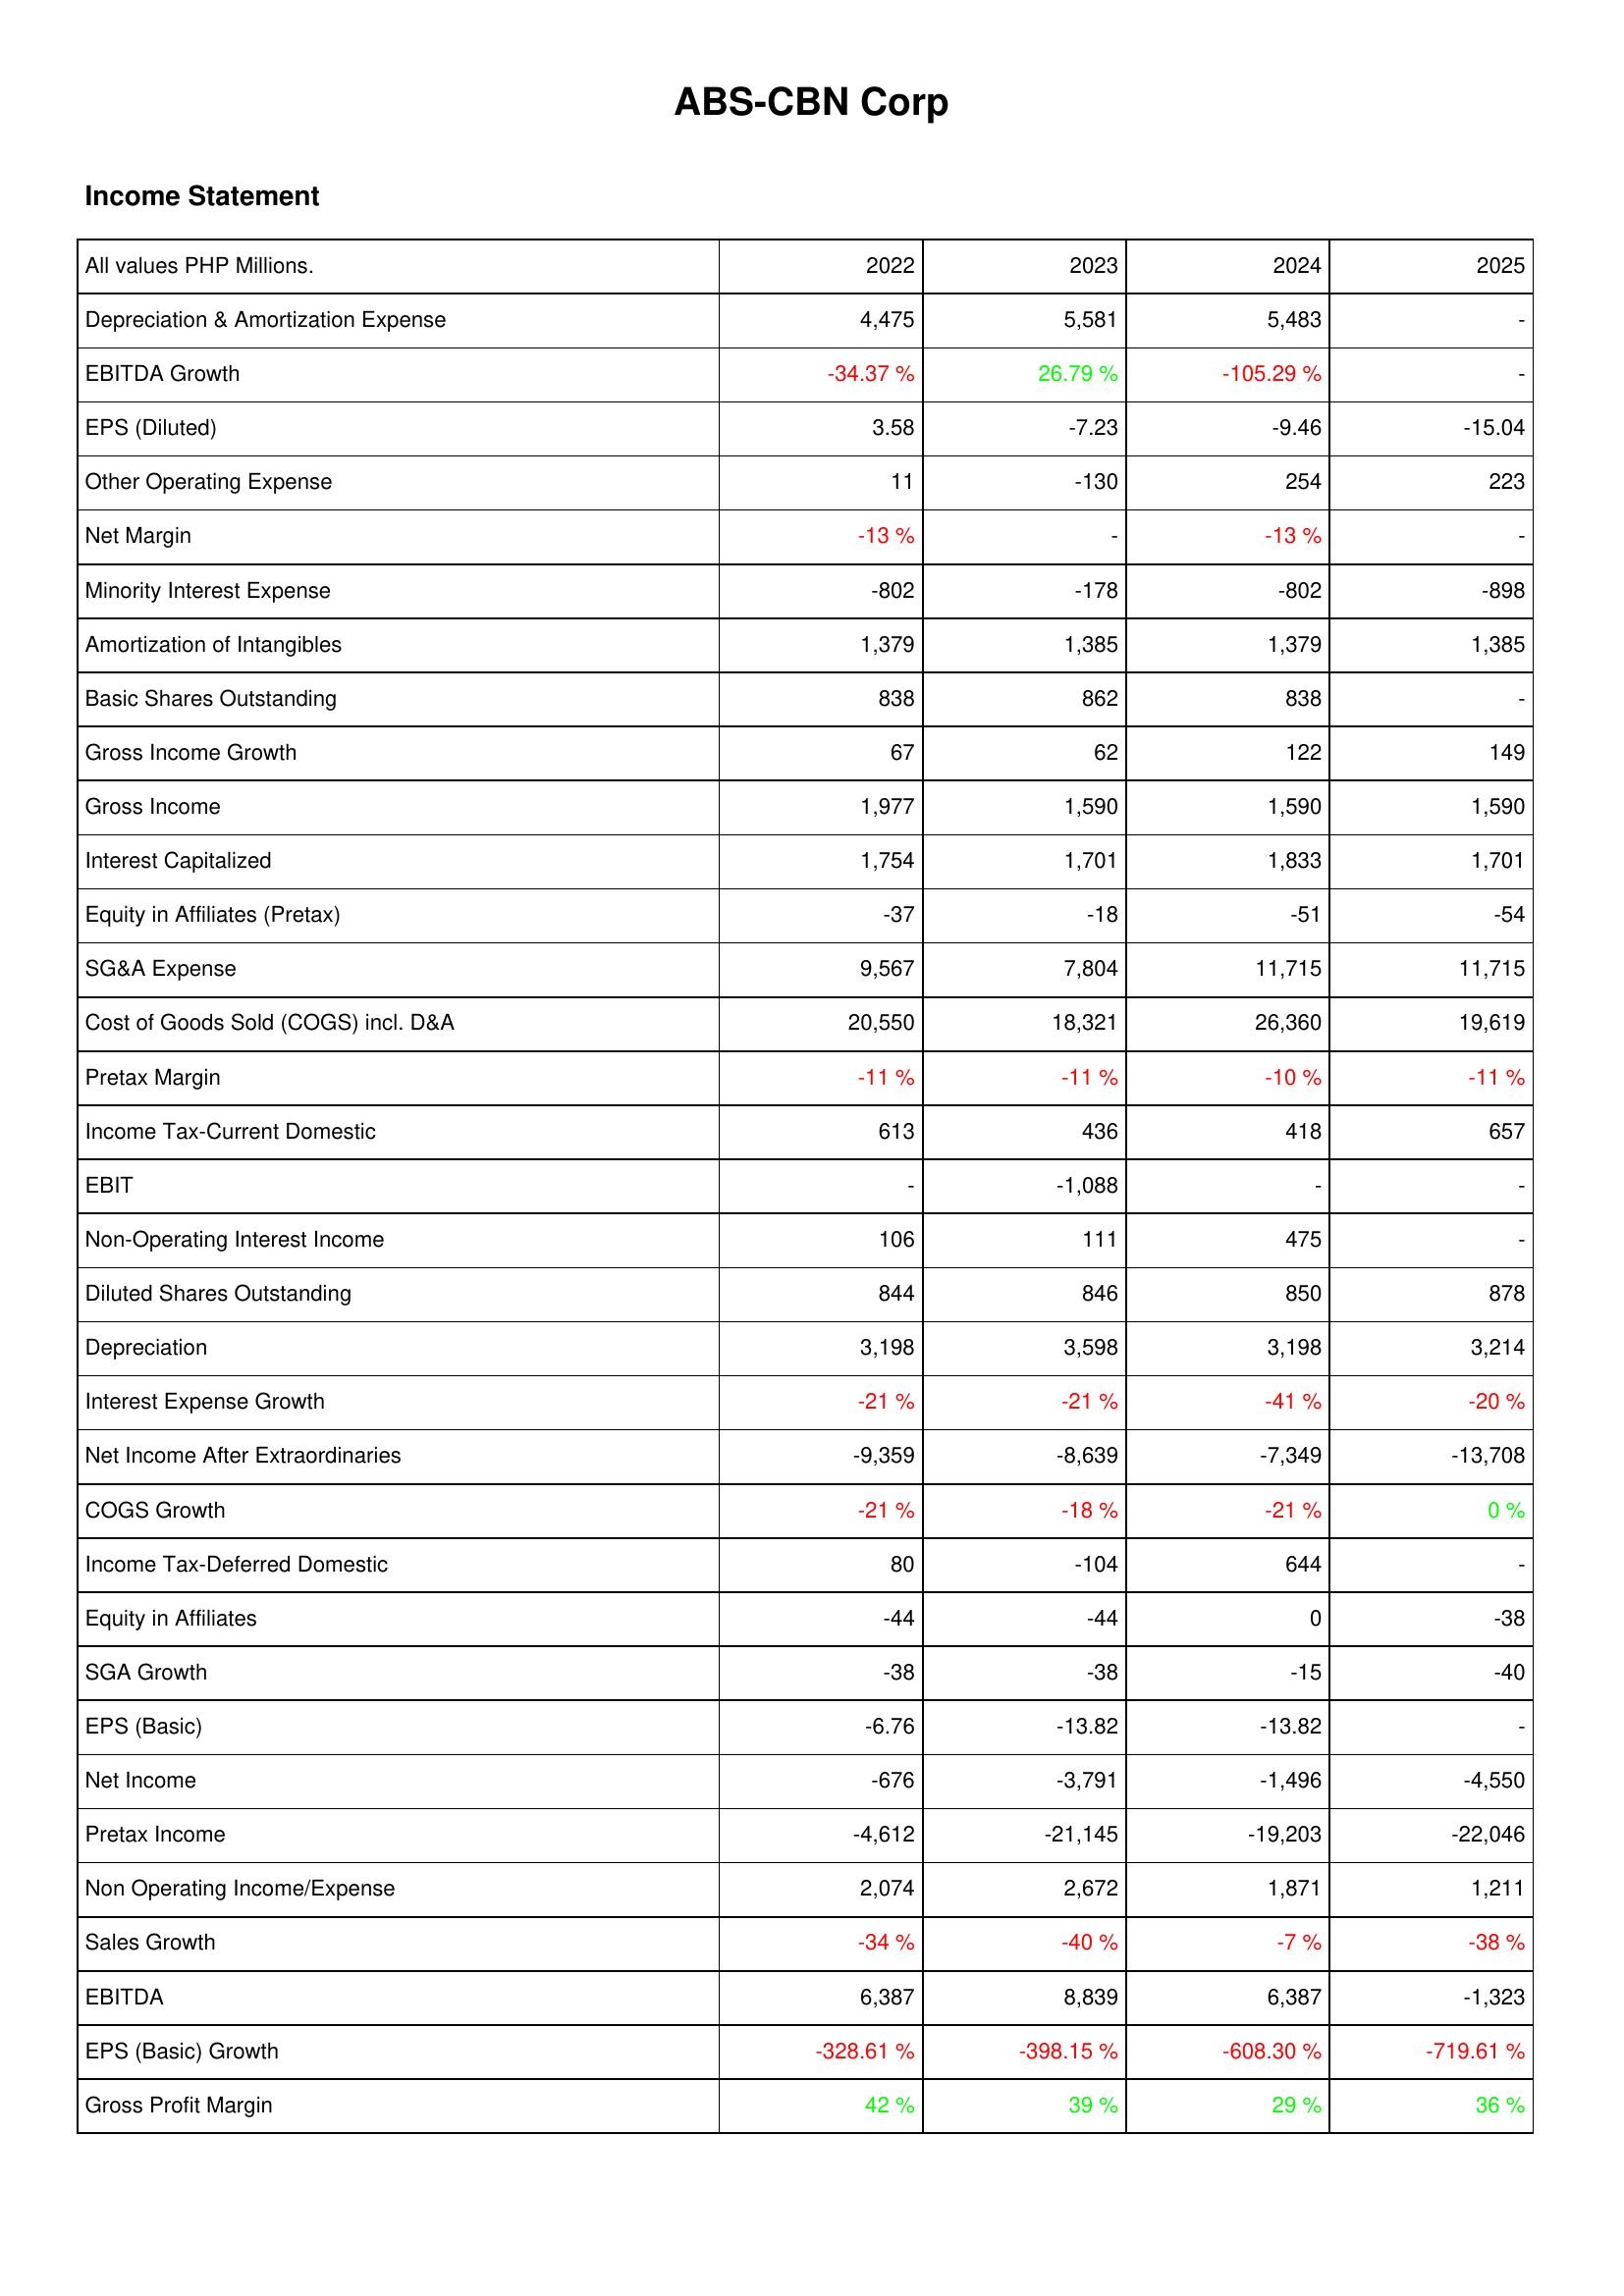
2022: Income Statement: Depreciation & Amortization Expense: 4,475
EBITDA Growth: -34.37 %
EPS (Diluted): 3.58
Other Operating Expense: 11
Net Margin: -13 %
Minority Interest Expense: -802
Amortization of Intangibles: 1,379
Basic Shares Outstanding: 838
Gross Income Growth: 67
Gross Income: 1,977
Interest Capitalized: 1,754
Equity in Affiliates (Pretax): -37
SG&A Expense: 9,567
Cost of Goods Sold (COGS) incl. D&A: 20,550
Pretax Margin: -11 %
Income Tax-Current Domestic: 613
EBIT: -
Non-Operating Interest Income: 106
Diluted Shares Outstanding: 844
Depreciation: 3,198
Interest Expense Growth: -21 %
Net Income After Extraordinaries: -9,359
COGS Growth: -21 %
Income Tax-Deferred Domestic: 80
Equity in Affiliates: -44
SGA Growth: -38
EPS (Basic): -6.76
Net Income: -676
Pretax Income: -4,612
Non Operating Income/Expense: 2,074
Sales Growth: -34 %
EBITDA: 6,387
EPS (Basic) Growth: -328.61 %
Gross Profit Margin: 42 %
2023: Income Statement: Depreciation & Amortization Expense: 5,581
EBITDA Growth: 26.79 %
EPS (Diluted): -7.23
Other Operating Expense: -130
Net Margin: -
Minority Interest Expense: -178
Amortization of Intangibles: 1,385
Basic Shares Outstanding: 862
Gross Income Growth: 62
Gross Income: 1,590
Interest Capitalized: 1,701
Equity in Affiliates (Pretax): -18
SG&A Expense: 7,804
Cost of Goods Sold (COGS) incl. D&A: 18,321
Pretax Margin: -11 %
Income Tax-Current Domestic: 436
EBIT: -1,088
Non-Operating Interest Income: 111
Diluted Shares Outstanding: 846
Depreciation: 3,598
Interest Expense Growth: -21 %
Net Income After Extraordinaries: -8,639
COGS Growth: -18 %
Income Tax-Deferred Domestic: -104
Equity in Affiliates: -44
SGA Growth: -38
EPS (Basic): -13.82
Net Income: -3,791
Pretax Income: -21,145
Non Operating Income/Expense: 2,672
Sales Growth: -40 %
EBITDA: 8,839
EPS (Basic) Growth: -398.15 %
Gross Profit Margin: 39 %
2024: Income Statement: Depreciation & Amortization Expense: 5,483
EBITDA Growth: -105.29 %
EPS (Diluted): -9.46
Other Operating Expense: 254
Net Margin: -13 %
Minority Interest Expense: -802
Amortization of Intangibles: 1,379
Basic Shares Outstanding: 838
Gross Income Growth: 122
Gross Income: 1,590
Interest Capitalized: 1,833
Equity in Affiliates (Pretax): -51
SG&A Expense: 11,715
Cost of Goods Sold (COGS) incl. D&A: 26,360
Pretax Margin: -10 %
Income Tax-Current Domestic: 418
EBIT: -
Non-Operating Interest Income: 475
Diluted Shares Outstanding: 850
Depreciation: 3,198
Interest Expense Growth: -41 %
Net Income After Extraordinaries: -7,349
COGS Growth: -21 %
Income Tax-Deferred Domestic: 644
Equity in Affiliates: 0
SGA Growth: -15
EPS (Basic): -13.82
Net Income: -1,496
Pretax Income: -19,203
Non Operating Income/Expense: 1,871
Sales Growth: -7 %
EBITDA: 6,387
EPS (Basic) Growth: -608.30 %
Gross Profit Margin: 29 %
2025: Income Statement: Depreciation & Amortization Expense: -
EBITDA Growth: -
EPS (Diluted): -15.04
Other Operating Expense: 223
Net Margin: -
Minority Interest Expense: -898
Amortization of Intangibles: 1,385
Basic Shares Outstanding: -
Gross Income Growth: 149
Gross Income: 1,590
Interest Capitalized: 1,701
Equity in Affiliates (Pretax): -54
SG&A Expense: 11,715
Cost of Goods Sold (COGS) incl. D&A: 19,619
Pretax Margin: -11 %
Income Tax-Current Domestic: 657
EBIT: -
Non-Operating Interest Income: -
Diluted Shares Outstanding: 878
Depreciation: 3,214
Interest Expense Growth: -20 %
Net Income After Extraordinaries: -13,708
COGS Growth: 0 %
Income Tax-Deferred Domestic: -
Equity in Affiliates: -38
SGA Growth: -40
EPS (Basic): -
Net Income: -4,550
Pretax Income: -22,046
Non Operating Income/Expense: 1,211
Sales Growth: -38 %
EBITDA: -1,323
EPS (Basic) Growth: -719.61 %
Gross Profit Margin: 36 %